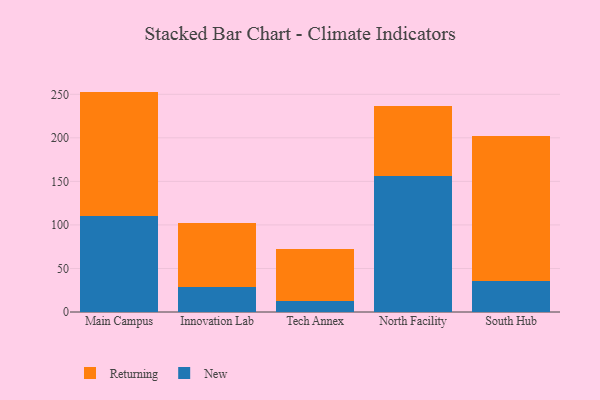
{"axis": {"x": "Campus", "y": "Waste Production (Tons)"}, "legend": ["New", "Returning"], "data": [{"x": "Main Campus", "y": 110.1, "type": "New"}, {"x": "Main Campus", "y": 143.0, "type": "Returning"}, {"x": "Innovation Lab", "y": 29.1, "type": "New"}, {"x": "Innovation Lab", "y": 72.6, "type": "Returning"}, {"x": "Tech Annex", "y": 12.2, "type": "New"}, {"x": "Tech Annex", "y": 60.4, "type": "Returning"}, {"x": "North Facility", "y": 155.8, "type": "New"}, {"x": "North Facility", "y": 80.4, "type": "Returning"}, {"x": "South Hub", "y": 36.0, "type": "New"}, {"x": "South Hub", "y": 165.9, "type": "Returning"}]}